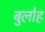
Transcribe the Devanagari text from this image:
बुलोह